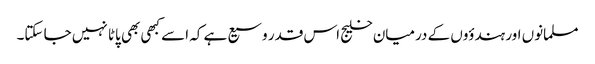
مسلمانوں اور ہندؤوں کے درمیان خلیج اس قدر وسیع ہے کہ اسے کبھی بھی پاٹا نہیں جا سکتا۔